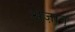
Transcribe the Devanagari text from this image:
अज़ान्